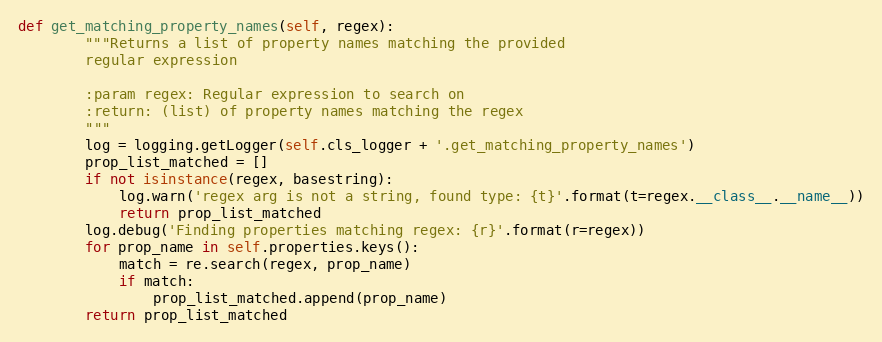
Language: Python
def get_matching_property_names(self, regex):
        """Returns a list of property names matching the provided
        regular expression

        :param regex: Regular expression to search on
        :return: (list) of property names matching the regex
        """
        log = logging.getLogger(self.cls_logger + '.get_matching_property_names')
        prop_list_matched = []
        if not isinstance(regex, basestring):
            log.warn('regex arg is not a string, found type: {t}'.format(t=regex.__class__.__name__))
            return prop_list_matched
        log.debug('Finding properties matching regex: {r}'.format(r=regex))
        for prop_name in self.properties.keys():
            match = re.search(regex, prop_name)
            if match:
                prop_list_matched.append(prop_name)
        return prop_list_matched